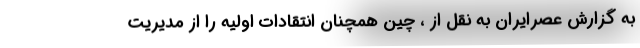
به گزارش عصرایران به نقل از ، چین همچنان انتقادات اولیه را از مدیریت